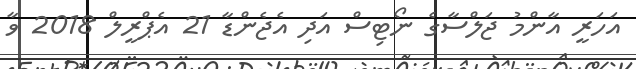
އަހަރީ އާންމު ޖަލްސާގެ ނޯޓިސް އަދި އެޖެންޑާ 21 އެޕްރީލް 2018 ވާ